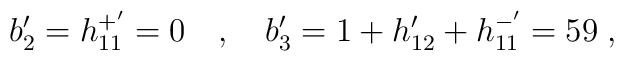
b'_2=h_{11}^{+'}=0 \quad , \quad b'_3=1+h'_{12}+h_{11}^{-'}=59\; ,